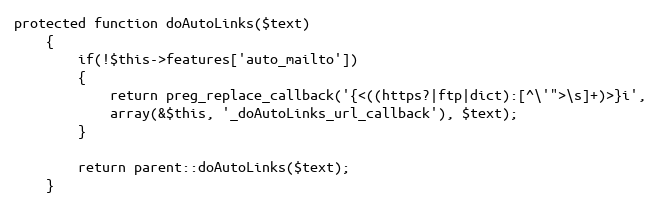
Language: PHP
protected function doAutoLinks($text)
    {
        if(!$this->features['auto_mailto'])
        {
            return preg_replace_callback('{<((https?|ftp|dict):[^\'">\s]+)>}i',
            array(&$this, '_doAutoLinks_url_callback'), $text);
        }

        return parent::doAutoLinks($text);
    }